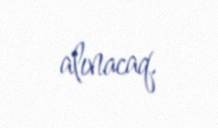
alınacaq.